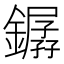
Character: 𨬖